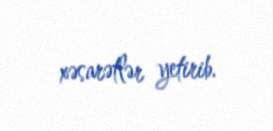
xəsarətlər yetirib.